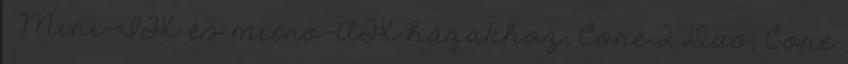
. Mini-ITX és micro-ATX házakhoz, Core 2 Duo, Core